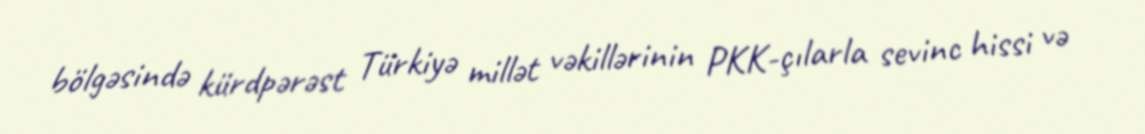
bölgəsində kürdpərəst Türkiyə millət vəkillərinin PKK-çılarla sevinc hissi və